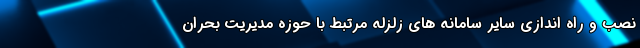
نصب و راه اندازی سایر سامانه های زلزله مرتبط با حوزه مدیریت بحران